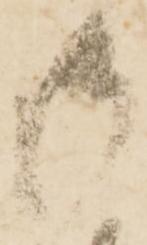
御